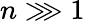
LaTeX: n\ggg 1